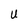
Character: U